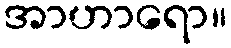
အာဟာရော။